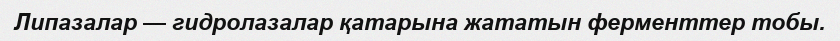
Липазалар — гидролазалар қатарына жататын ферменттер тобы.